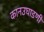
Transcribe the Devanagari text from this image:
कानउघाडणी